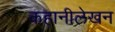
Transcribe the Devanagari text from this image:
कहानीलेखन